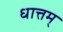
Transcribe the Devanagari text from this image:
धात्तम्‌